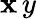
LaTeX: \mathbf{x}\, y